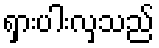
ရှားပါးလှသည်